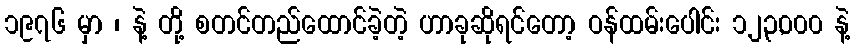
၁၉၇၆ မှာ ၊ နဲ့ တို့ စတင်တည်ထောင်ခဲ့တဲ့ ဟာခုဆိုရင်တော့ ဝန်ထမ်းပေါင်း ၁၂၃,၀၀၀ နဲ့